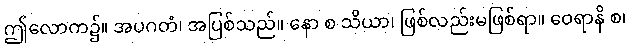
ဤလောက၌။ အပဂတံ၊ အပြစ်သည်။ နော စ သိယာ၊ ဖြစ်လည်းမဖြစ်ရာ။ ဝေရာနိ စ၊